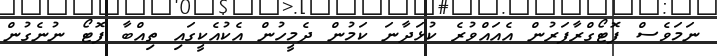
ނަމަވެސް ފޮޓޯގްރާފަރުން އެއައްވުރެ ކުޅަދާނަ ކަމުން ދެމީހުން އެކުއެކީގައި ތިއްބާ ފޮޓޯ ނުނެގުން